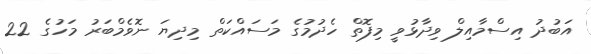
އަބުދު އިސްމާއިލް ވިދާޅުވީ މިފޮތް ހެދުމުގެ މަސައްކަތް މިދިޔަ ނޮވެމްބަރު މަހުގެ 22